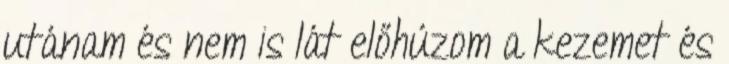
utánam és nem is lát előhúzom a kezemet és